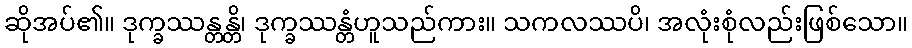
ဆိုအပ်၏။ ဒုက္ခဿန္တန္တိ၊ ဒုက္ခဿန္တံဟူသည်ကား။ သကလဿပိ၊ အလုံးစုံလည်းဖြစ်သော။